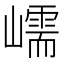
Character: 嶿